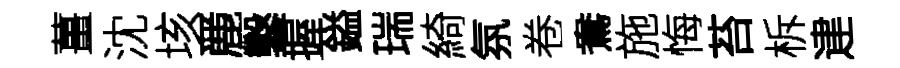
薑沈垓䴡鑿握鎰瑞綺氛卷鴦施悔苔柝䢖